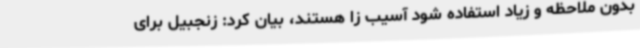
بدون ملاحظه و زیاد استفاده شود آسیب زا هستند، بیان کرد: زنجبیل برای